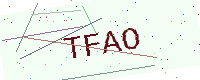
Text: TFAO